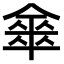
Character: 𠎃